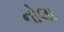
નોલા